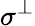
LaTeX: \sigma^{\perp}